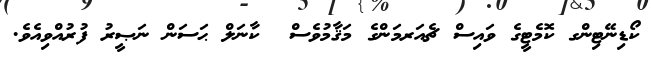
ކޯޑިނޭޓިންގ ކޮމެޓީގެ ވައިސް ޗެއަރމަންގެ މަޤާމުވެސް  ކާނަލް ޙަސަން ނަޞީރު ފުރުއްވިއެވެ.